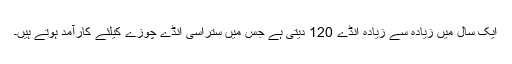
ایک سال میں زیادہ سے زیادہ انڈے 120 دیتی ہے جس میں ستّراسّی انڈے چوزے کیلئے کارآمد ہوتے ہیں۔